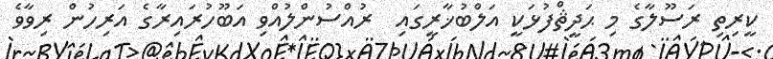
ކީރިތި ރަސޫލާގެ މި ޙަދީޘްފުޅަކީ އަލްބުޚާރީގައި  ރުއްސުންލުއްވި އަބޫހުރައިރާގެ އަރިހުން ރިވާވެ